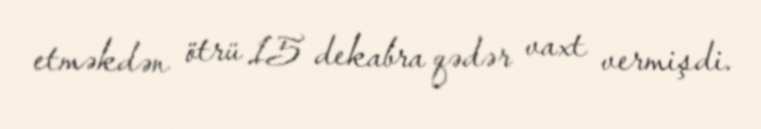
etməkdən ötrü 15 dekabra qədər vaxt vermişdi.